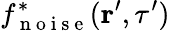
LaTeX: f_{\mathrm{~n~o~i~s~e~}}^{*}(\textbf{r}^{\prime},\tau^{\prime})